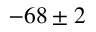
- 6 8 \pm 2